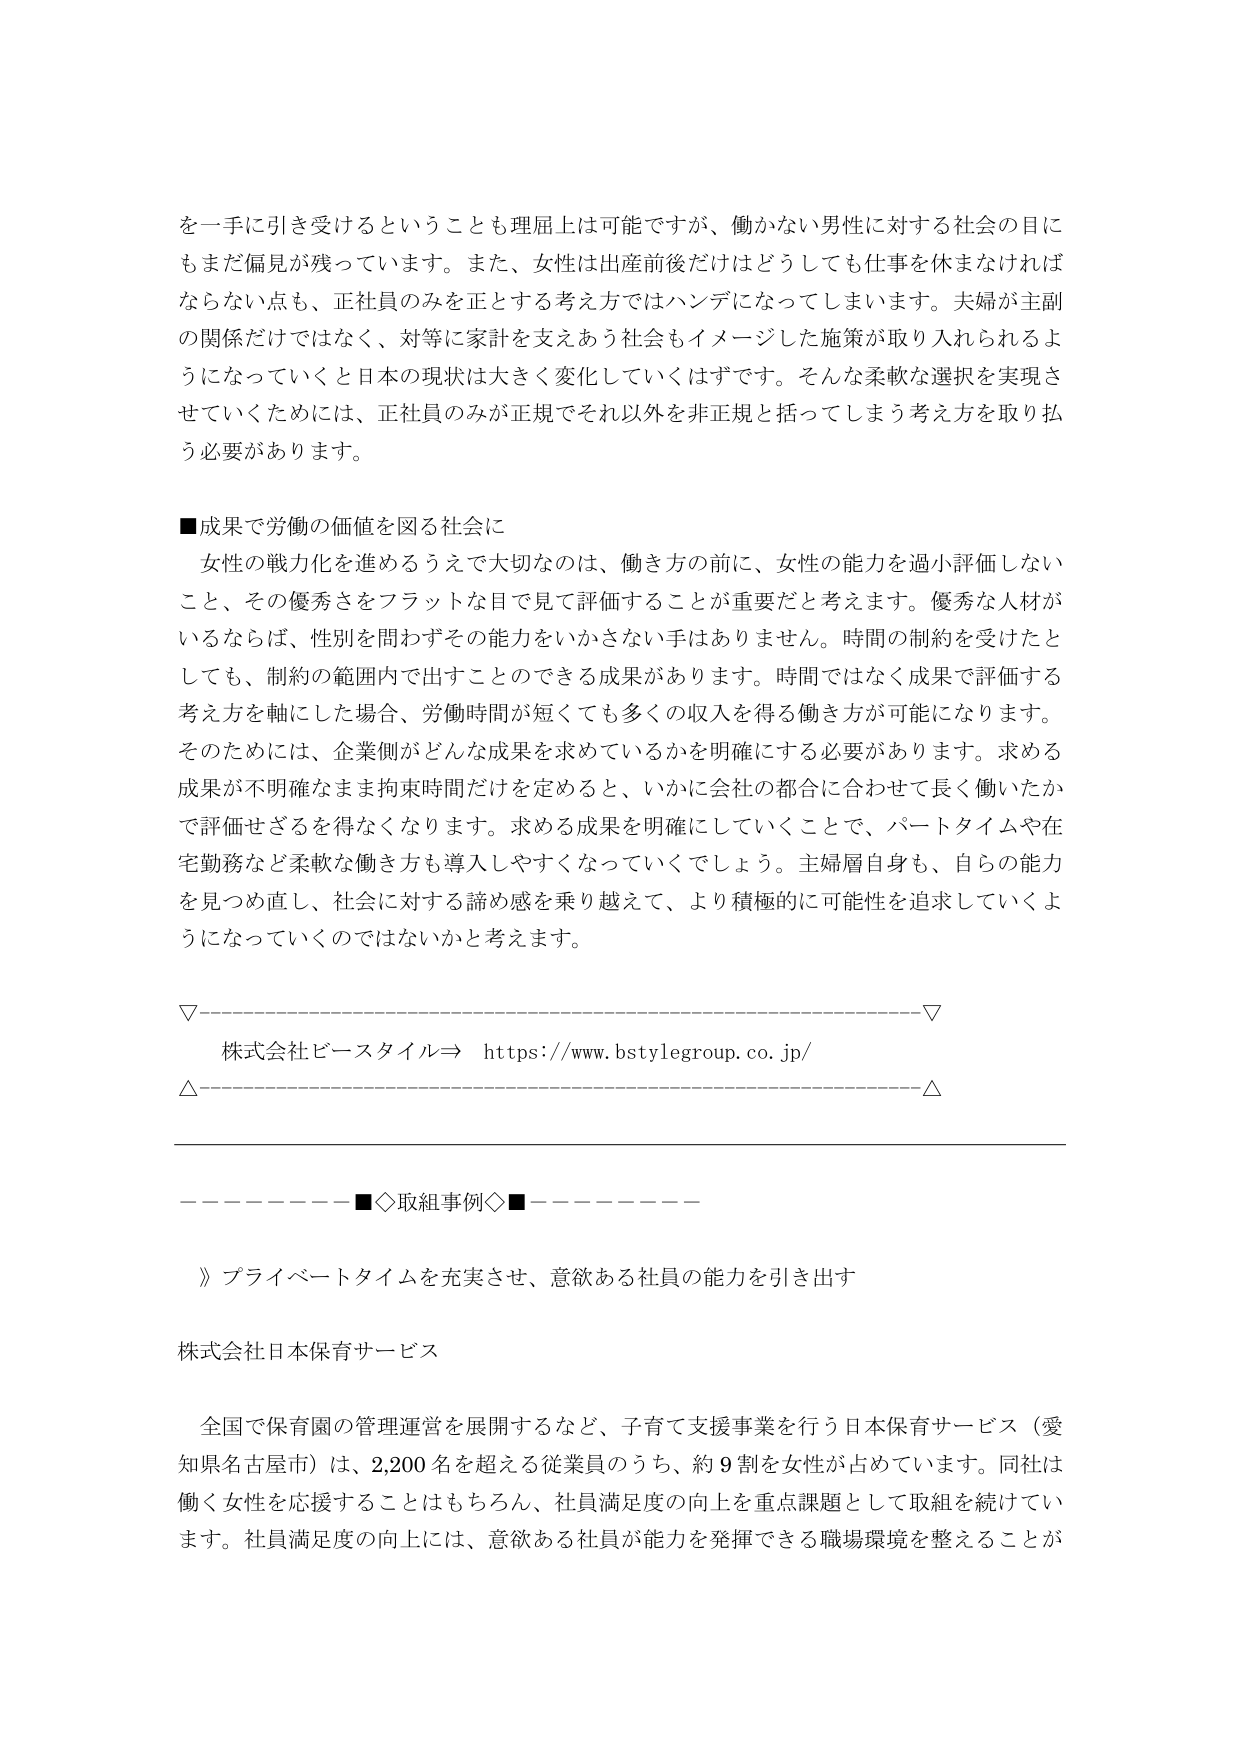
を一手に引き受けるということも理屈上は可能ですが、働かない男性に対する社会の目に もまだ偏見が残っています。また、女性は出産前後だけはどうしても仕事を休まなければ ならない点も、正社員のみを正とする考え方ではハンデになってしまいます。夫婦が主副 の関係だけではなく、対等に家計を支えあう社会もイメージした施策が取り入れられるよ うになっていくと日本の現状は大きく変化していくはずです。そんな柔軟な選択を実現さ せていくためには、正社員のみが正規でそれ以外を非正規と括ってしまう考え方を取り払 う必要があります。

■成果で労働の価値を図る社会に
　女性の戦力化を進めるうえで大切なのは、働き方の前に、女性の能力を過小評価しない こと、その優秀さをフラットな目で見て評価することが重要だと考えます。優秀な人材が いるならば、性別を問わずその能力をいかさない手はありません。時間の制約を受けたと しても、制約の範囲内で出すことのできる成果があります。時間ではなく成果で評価する 考え方を軸にした場合、労働時間が短くても多くの収入を得る働き方が可能になります。 そのためには、企業側がどんな成果を求めているかを明確にする必要があります。求める 成果が不明確なまま拘束時間だけを定めると、いかに会社の都合に合わせて長く働いたか で評価せざるを得なくなります。求める成果を明確にしていくことで、パートタイムや在 宅勤務など柔軟な働き方も導入しやすくなっていくでしょう。主婦層自身も、自らの能力 を見つめ直し、社会に対する諦め感を乗り越えて、より積極的に可能性を追求していくよ うになっていくのではないでしょうかと考えます。

▽─────────────────────────────────────────────────────────────▽
　株式会社ビースタイル⇒ https://www.bstylegroup.co.jp/
△─────────────────────────────────────────────────────────────△

─────────■◇取組事例◇■─────────
　》プライベートタイムを充実させ、意欲ある社員の能力を引き出す

株式会社日本保育サービス

　全国で保育園の管理運営を展開するなど、子育て支援事業を行う日本保育サービス（愛 知県名古屋市）は、2,200名を超える従業員のうち、約9割を女性が占めています。同社は 働く女性を応援することはもちろん、社員満足度の向上を重点課題として取組を続けてい ます。社員満足度の向上には、意欲ある社員が能力を発揮できる職場環境を整えることが